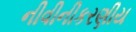
નીવીનીકરણીય